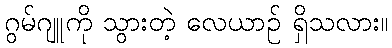
ဂွမ်ဂျူကို သွားတဲ့ လေယာဉ် ရှိသလား။